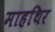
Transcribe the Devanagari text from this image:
माहथिर